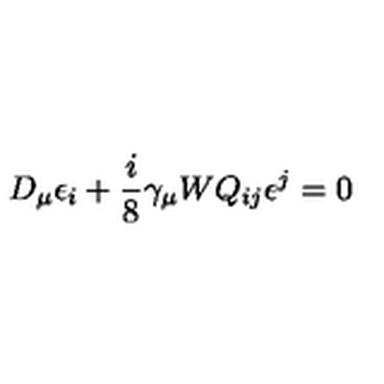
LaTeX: D _ { \mu } \epsilon _ { i } + \frac { i } { 8 } \gamma _ { \mu } W Q _ { i j } \epsilon ^ { j } = 0